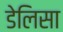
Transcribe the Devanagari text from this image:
डेलिसा